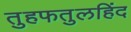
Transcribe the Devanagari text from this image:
तुहफतुलहिंद